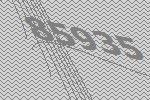
85935